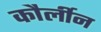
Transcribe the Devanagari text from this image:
कौर्लीन